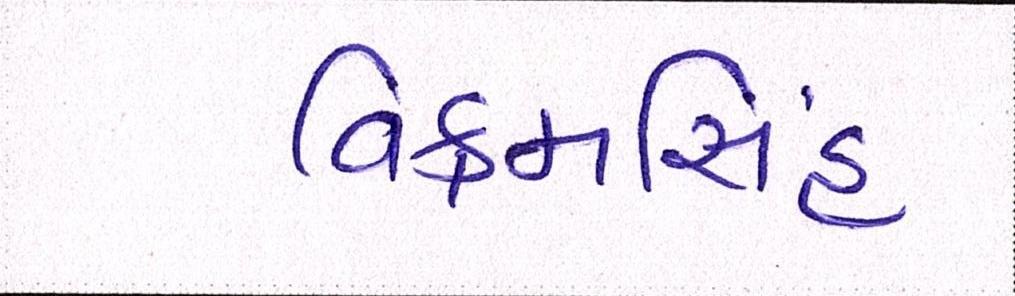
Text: વિક્રમસિંહ